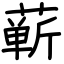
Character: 蕲